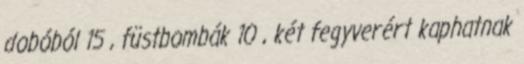
dobóból 15 , füstbombák 10 , két fegyverért kaphatnak